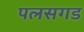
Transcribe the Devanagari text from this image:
पलसगड